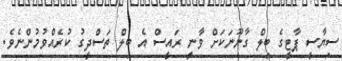
ސިޔާސީ ޕާޓީގެ ބިލް ގާނޫނަކަށް ވާނީ ރައީސް އެ ބިލް ތަސްދީގު ކުރެއްވުމުންނެވެ.